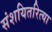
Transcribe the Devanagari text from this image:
संशयितरित्या